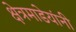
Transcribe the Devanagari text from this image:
क्षेत्रमाडेयांनी